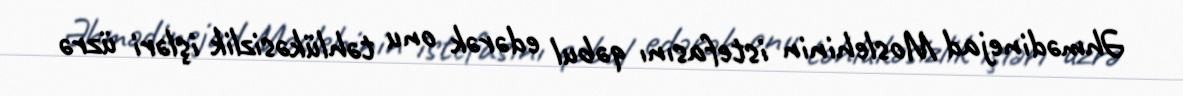
Əhmədinejad Moslehinin istefasını qəbul edərək onu təhlükəsizlik işləri üzrə